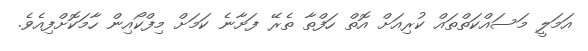
އަމަލީ މަސައްކަތްތައް ކުރިއަށް އޮތް ހަފްތާ ތެރޭ ފަށާނެ ކަމަށް މިފްކޯއިން ހާމަކޮށްފިއެވެ.